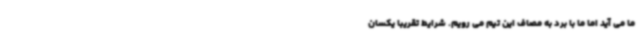
ما می آید اما ما با برد به مصاف این تیم می رویم. شرایط تقریبا یکسان